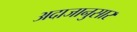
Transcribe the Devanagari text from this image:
अदाजानुसार